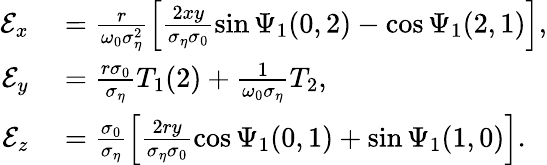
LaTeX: \begin{array}{rl}{\mathcal{E}_{x}}&{{}=\frac{r}{\omega_{0}\sigma_{\eta}^{2}}\left[\frac{2xy}{\sigma_{\eta}\sigma_{0}}\sin\Psi_{1}(0,2)-\cos\Psi_{1}(2,1)\right],}\\ {\mathcal{E}_{y}}&{{}=\frac{r\sigma_{0}}{\sigma_{\eta}}T_{1}(2)+\frac{1}{\omega_{0}\sigma_{\eta}}T_{2},}\\ {\mathcal{E}_{z}}&{{}=\frac{\sigma_{0}}{\sigma_{\eta}}\left[\frac{2ry}{\sigma_{\eta}\sigma_{0}}\cos\Psi_{1}(0,1)+\sin\Psi_{1}(1,0)\right].}\end{array}